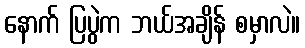
နောက် ပြပွဲက ဘယ်အချိန် စမှာလဲ။